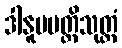
ဒါနူပပတ္တိသုတ္တံ